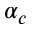
\alpha _ { c }